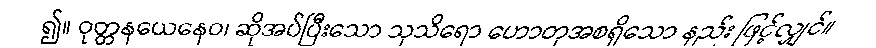
၍။ ဝုတ္တနယေနေဝ၊ ဆိုအပ်ပြီးသော သုသိရော ဟောတုအစရှိသော နည်း ဖြင့်လျှင်။